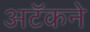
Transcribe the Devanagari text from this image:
अटॅकने